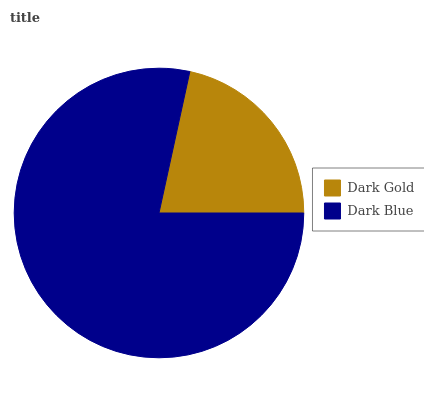
| Dark Gold | Dark Blue |
 | --- | --- |
 | 21.6% | 78.4% |